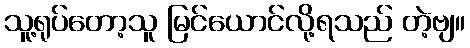
သူ့ရုပ်တော့သူ မြင်ယောင်လို့ရသည် တဲ့ဗျ။